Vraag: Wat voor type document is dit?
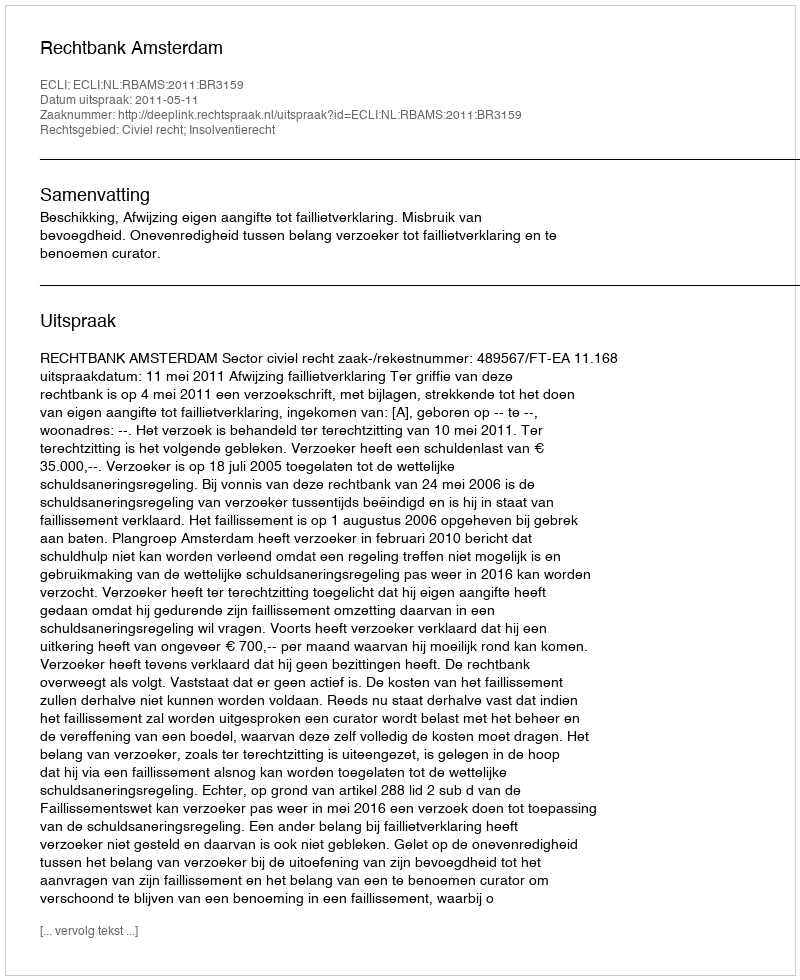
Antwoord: Uitspraak